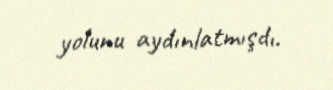
yolunu aydınlatmışdı.